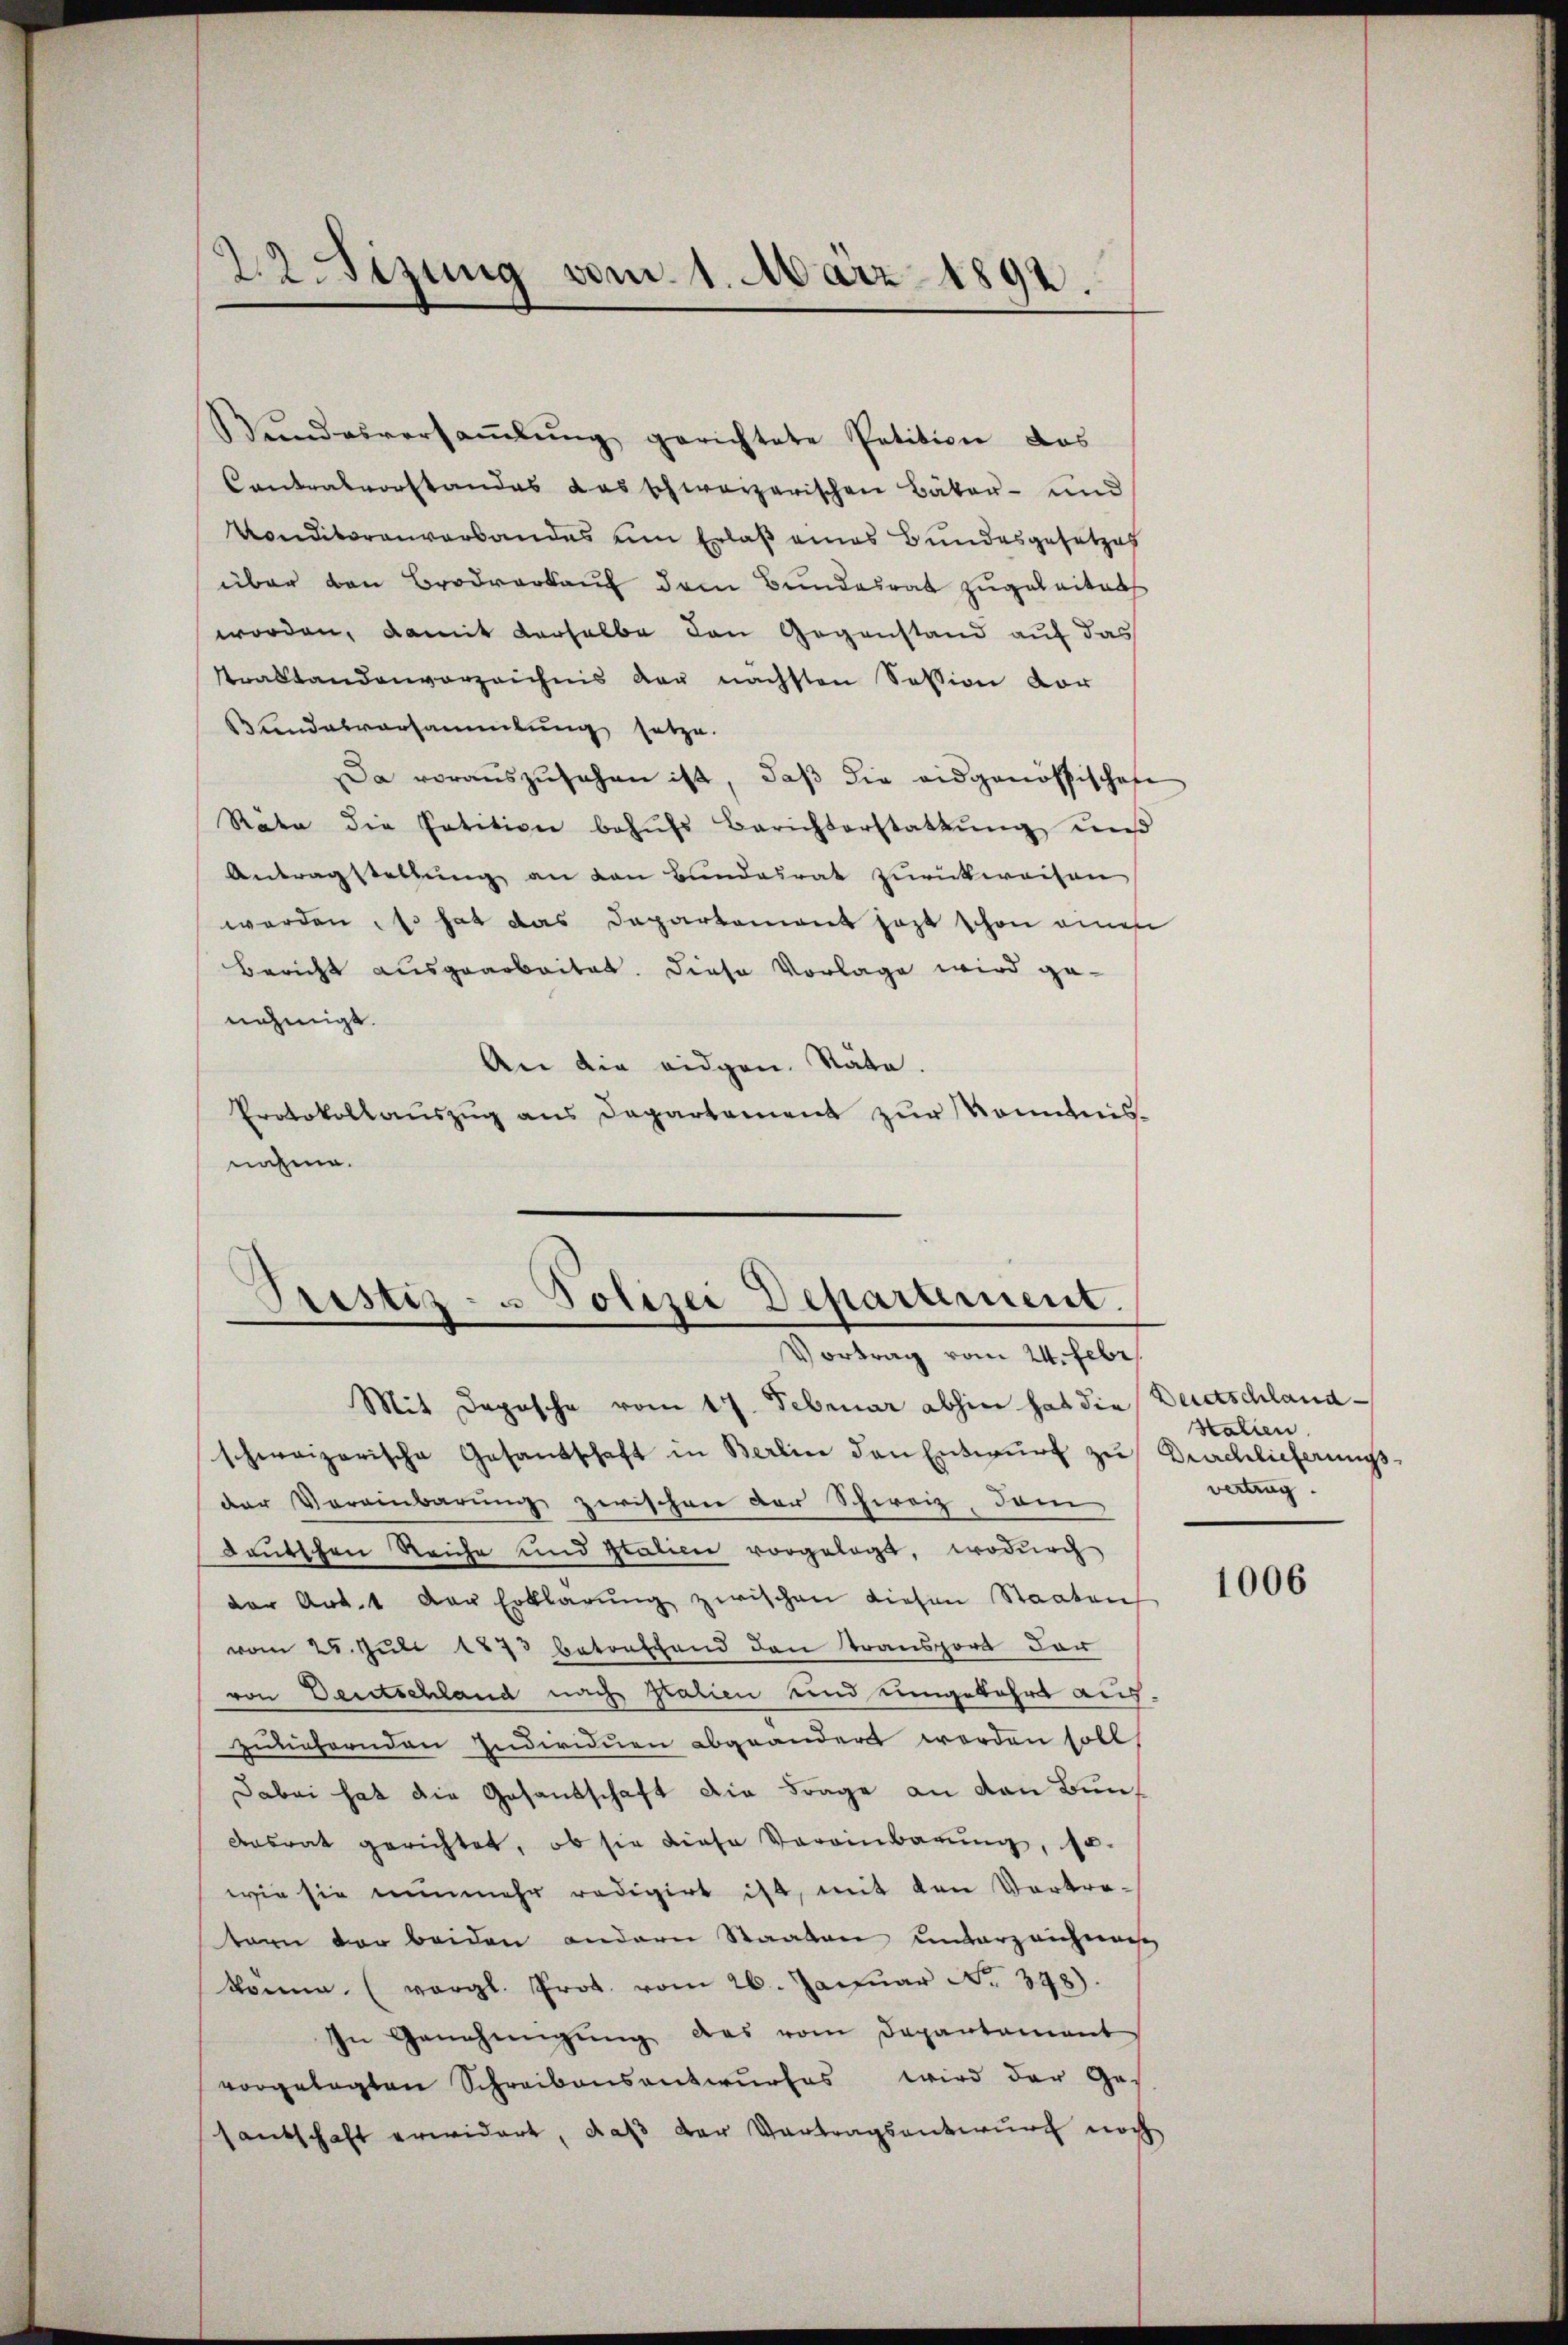
22.Sizung vom 1. März 1892.

Bŭndesversaṁlŭng gerichtete Petition das
Contralvorstandes das schweizerischen Bäker- und
Vonditorenverbandes um Erlaß eines Bundesgesetzes
über den Brodverkauf dem Bundesrat zugelaitabs
worden, damit derselbe den Gegenstand auf das
ttraktandenverzeichnis der nächsten Session vor
Bundesversammlung setze.
Da vorauszusehen ist, daß die eidgenössischen
Räte die Petition behŭfs Berichterstattŭng uns
Antragstellung an den Bundesrat zurückweisen
werden, so hat das Departement hast schon einen
Bericht ausgearbeitet. Diese Vorlage wird genehmigt.
An die eidgen. Stäte.
Protokollaŭszŭg ans Departement zŭr Kenntnis-
nahme.
Pristiz- u Polizei Departement.

Vortrag vom 24. Febr.

Mit Depesche vom 17. Februar abhin hat die Beetschlandschweizerische Gesandschaft in Berlin den Entwŭrf zu Durchlieferungs-
der Vereinbarung zwischen der Schweiz, dam
deutschen Reiche und Italien vorgelegt, wodurch
der Art. 1 der Erklärŭng zwischen Lieben Staaten
vom 25. Juli 1873 betreffend den Transport dar
von Deutschland nach Italien und umgekehrt aus
zunehrenden Individuen abgeändert worden soll,
Jabai hat die Gesandschaft die Frage an von Bun¬
Ansrat gerichtet, ob sie diese Vereinbarung, so
wie sie nunmehr redigirt ist, mit den Vortretern der beiden anderer Staaten unterzeichnans
könne. (vergl. Prot. vom 26. Janŭar No. 398).
In Genehmigŭng des vom Departament
vorgelegten Schreibensentwurfes wird der Ges
santschaft erwidert, daß der Vertragsentwurf noch

Htalien.
vertrag.

1006